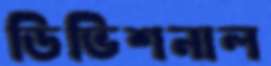
ডিভিশনাল